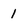
Character: 1